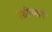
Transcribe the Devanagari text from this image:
रेशीममार्गे